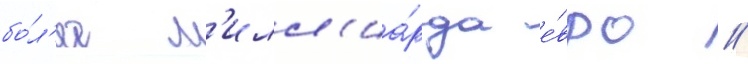
бо́л'ее м'илл'иа́рда е́вро //